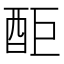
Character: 䣰